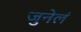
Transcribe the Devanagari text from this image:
जुनेलं